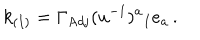
k _ { ( I ) } = \Gamma _ { \mathrm { A d j } } ( u ^ { - 1 } ) ^ { a } { } _ { I } e _ { a } \, .